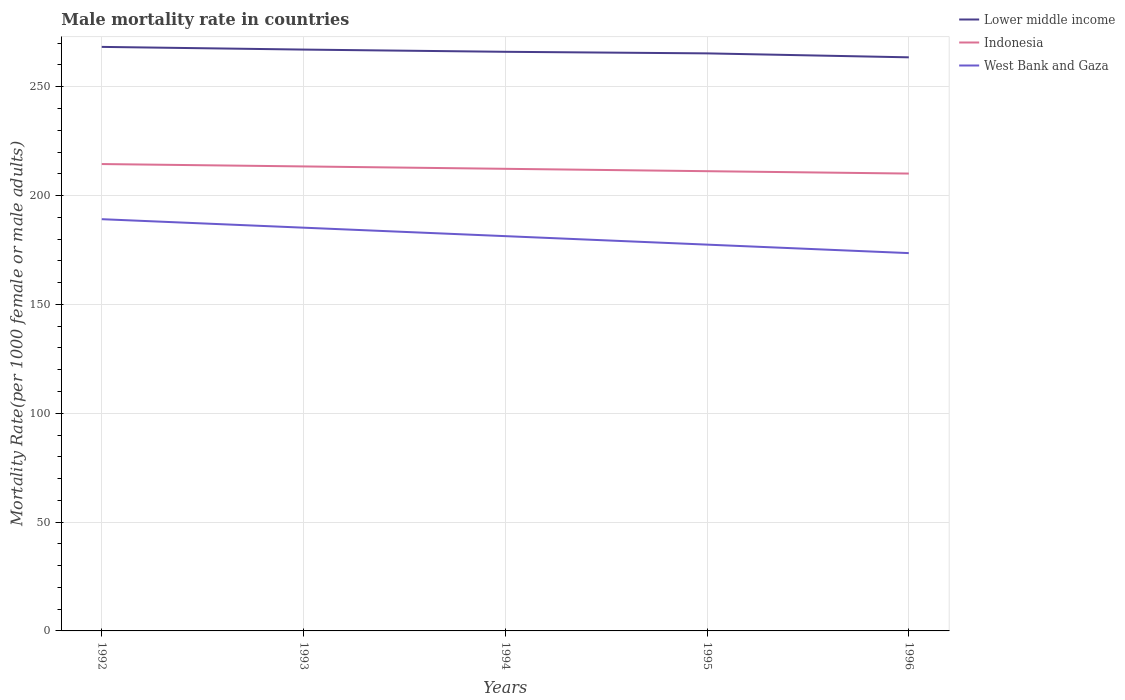
| Years | Lower middle income | Indonesia | West Bank and Gaza |
 | --- | --- | --- | --- |
 | 1992 | 268 | 214 | 189 |
 | 1993 | 267 | 213 | 185 |
 | 1994 | 266 | 212 | 181 |
 | 1995 | 265 | 211 | 177 |
 | 1996 | 264 | 210 | 174 |